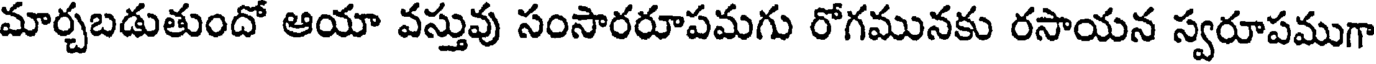
మార్చబడుతుందో ఆయా వస్తువు సంసారరూపమగు రోగమునకు రసాయన స్వరూపముగా